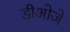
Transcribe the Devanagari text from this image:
डीओजे